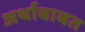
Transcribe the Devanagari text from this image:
अर्थाबाबत